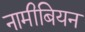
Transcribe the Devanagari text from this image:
नामीबियन